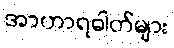
အာဟာရဓါတ်များ